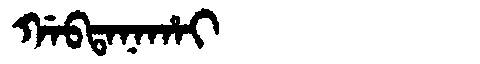
Manchu: ᡤᠠᠪᡨᠠᠨᠠᡥᠠᡳ
Romanization: GABTANAHAI